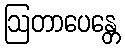
ဩတာပေန္တေ